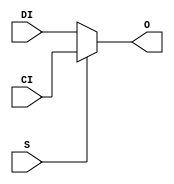
// $Header: /devl/xcs/repo/env/Databases/CAEInterfaces/verunilibs/data/unisims/MUXCY.v,v 1.8 2005/03/14 22:32:55 yanx Exp $
///////////////////////////////////////////////////////////////////////////////
// Copyright (c) 1995/2004 Xilinx, Inc.
// All Right Reserved.
///////////////////////////////////////////////////////////////////////////////
//   ____  ____
//  /   /\/   /
// /___/  \  /    Vendor : Xilinx
// \   \   \/     Version : 8.1i (I.13)
//  \   \         Description : Xilinx Functional Simulation Library Component
//  /   /                  2-to-1 Multiplexer for Carry Logic with General Output
// /___/   /\     Filename : MUXCY.v
// \   \  /  \    Timestamp : Thu Mar 25 16:42:55 PST 2004
//  \___\/\___\
//
// Revision:
//    03/23/04 - Initial version.
//    02/04/05 - Rev 0.0.1 Remove input/output bufs; Remove unnessasary begin/end;
// End Revision

`timescale  100 ps / 10 ps


module MUXCY (O, CI, DI, S);

    output O;
    reg    O;

    input  CI, DI, S;

	always @(CI or DI or S) begin
	    if (S)
		O <= CI;
	    else
		O <= DI;
	end


endmodule